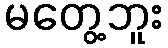
မတွေ့ဘူး